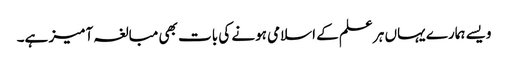
ویسے ہمارے یہاں ہر علم کے اسلامی ہونے کی بات بھی مبالغہ آمیز ہے۔